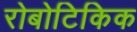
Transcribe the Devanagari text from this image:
रोबोटिकिक